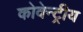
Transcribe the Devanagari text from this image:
कोवेन्ट्रीय